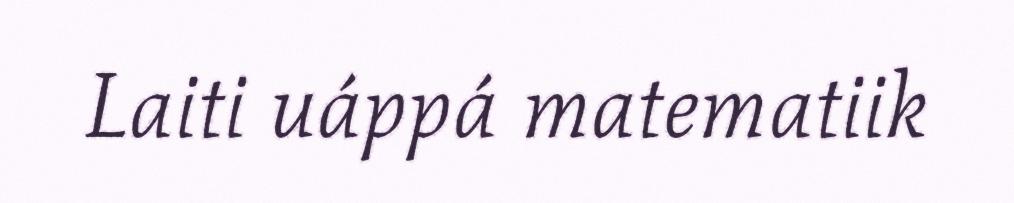
Laiti uáppá matematiik